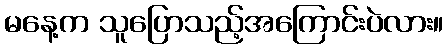
မနေ့က သူပြောသည့်အကြောင်းပဲလား။